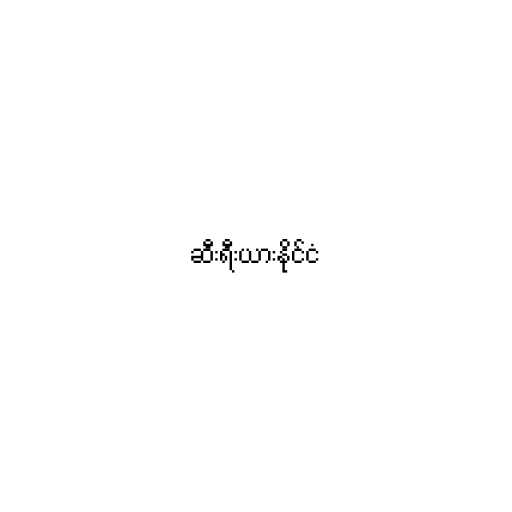
ဆီးရီးယားနိုင်ငံ